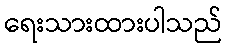
ရေးသားထားပါသည်